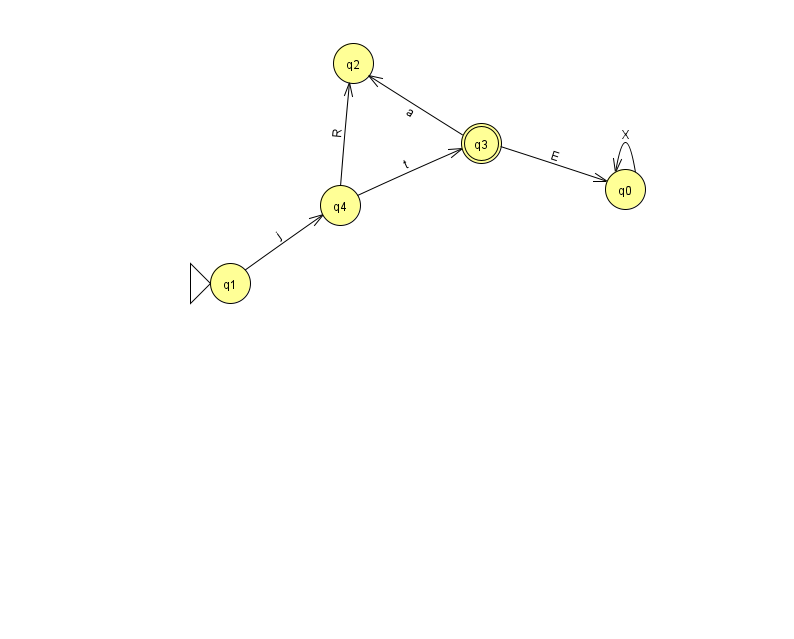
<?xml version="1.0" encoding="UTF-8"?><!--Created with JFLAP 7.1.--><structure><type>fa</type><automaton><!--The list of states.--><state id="0" name="q0"><x>625.0</x><y>176.0</y></state><state id="1" name="q1"><x>230.0</x><y>270.0</y><initial/></state><state id="2" name="q2"><x>353.0</x><y>50.0</y></state><state id="3" name="q3"><x>481.0</x><y>130.0</y><final/></state><state id="4" name="q4"><x>340.0</x><y>192.0</y></state><!--The list of transitions.--><transition><from>3</from><to>0</to><read>E</read></transition><transition><from>4</from><to>3</to><read>t</read></transition><transition><from>1</from><to>4</to><read>j</read></transition><transition><from>0</from><to>0</to><read>X</read></transition><transition><from>4</from><to>2</to><read>R</read></transition><transition><from>3</from><to>2</to><read>a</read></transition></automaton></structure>